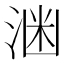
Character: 𪶕